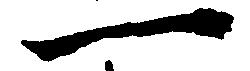
一